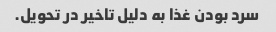
سرد بودن غذا به دلیل تاخیر در تحویل.